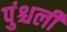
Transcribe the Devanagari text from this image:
पुंश्चली